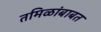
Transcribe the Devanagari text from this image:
तमिळांबाबत